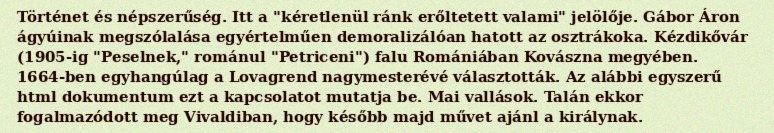
Történet és népszerűség. Itt a "kéretlenül ránk erőltetett valami" jelölője. Gábor Áron ágyúinak megszólalása egyértelműen demoralizálóan hatott az osztrákoka. Kézdikővár (1905-ig "Peselnek," románul "Petriceni") falu Romániában Kovászna megyében. 1664-ben egyhangúlag a Lovagrend nagymesterévé választották. Az alábbi egyszerű html dokumentum ezt a kapcsolatot mutatja be. Mai vallások. Talán ekkor fogalmazódott meg Vivaldiban, hogy később majd művet ajánl a királynak.